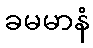
ခမမာနံ